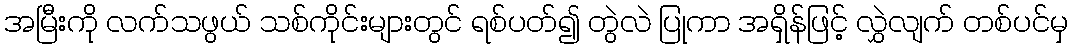
အမြီးကို လက်သဖွယ် သစ်ကိုင်းများတွင် ရစ်ပတ်၍ တွဲလဲ ပြုကာ အရှိန်ဖြင့် လွှဲလျက် တစ်ပင်မှ